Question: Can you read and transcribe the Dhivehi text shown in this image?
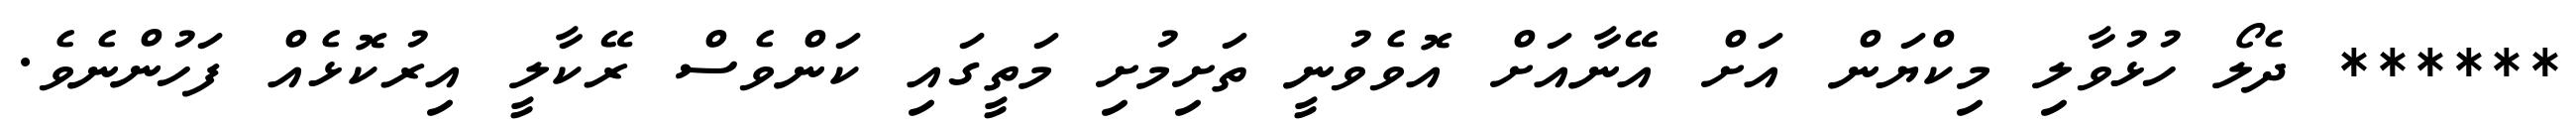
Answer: ****** ދެލޯ ހުޅުވާލި މިކްޔަން އަށް އޭނާއަށް އޮވެވުނީ ތަށިމުށި މަތީގައި ކަންވެސް ރޭކާލީ އިރުކޮޅެއް ފަހުންނެވެ.